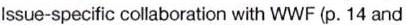
Issue-specific collaboration with WWF (p. 14 and